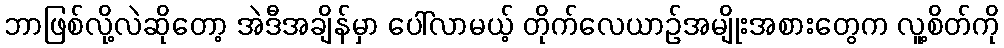
ဘာဖြစ်လို့လဲဆိုတော့ အဲဒီအချိန်မှာ ပေါ်လာမယ့် တိုက်လေယာဉ်အမျိုးအစားတွေက လူ့စိတ်ကို